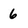
Character: 6